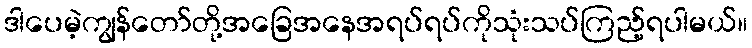
ဒါပေမဲ့ကျွန်တော်တို့အခြေအနေအရပ်ရပ်ကိုသုံးသပ်ကြည့်ရပါမယ်။